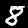
Digit: 8